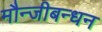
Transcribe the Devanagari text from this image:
मौन्जीबन्धन